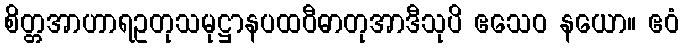
စိတ္တအာဟာရဥတုသမုဋ္ဌာနပထဝီဓာတုအာဒီသုပိ ဧသေဝ နယော။ ဧဝံ